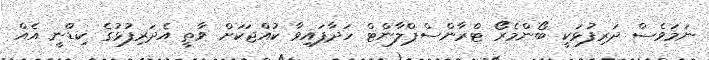
ނަމަވެސް ދަރިފުޅަކީ ބޯންމެރޯ ޓްރާންސްޕްލާންޓް ހަދާފައިވާ ކުއްޖަކަށް ވާތީ އެދަރިފުޅުގެ ކިޑްނީ އެއް